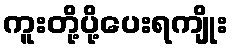
ကူးတို့ပို့ပေးရကျိုး